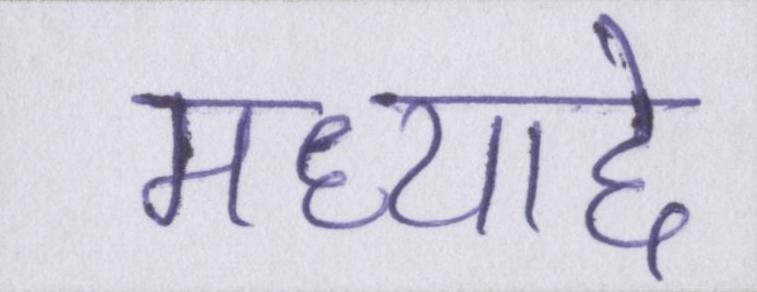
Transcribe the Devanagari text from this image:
मध्याद्दे